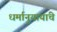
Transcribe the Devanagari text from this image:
धर्मानुयायांचे